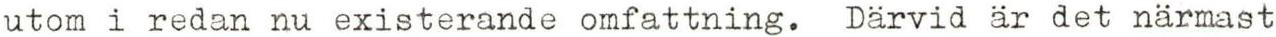
utom i redan nu existerande omfattning. Därvid är det närmast